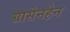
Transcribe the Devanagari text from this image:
ग्रासेनहेन